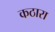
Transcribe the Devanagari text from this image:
कठारा